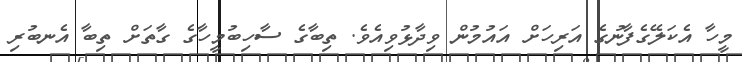
މީހާ އެކަލޭގެފާނުގެ އަރިހަށް އައުމުން ވިދާޅުވިއެވެ. ތިބާގެ ސާހިބުމީހާގެ ގާތަށް ތިބާ އެނބުރި